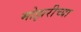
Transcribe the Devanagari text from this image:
मोझरीच्या